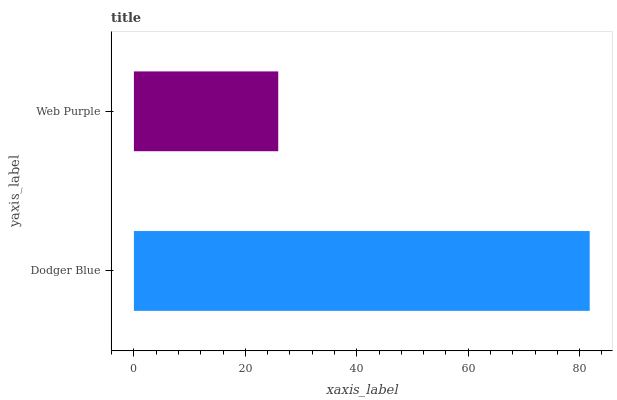
| yaxis_label | bars |
 | --- | --- |
 | Dodger Blue | 81.8 |
 | Web Purple | 25.9 |